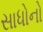
સાધોનો